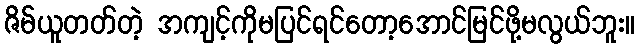
ဇိမ်ယူတတ်တဲ့ အကျင့်ကိုမပြင်ရင်တော့အောင်မြင်ဖို့မလွယ်ဘူး။